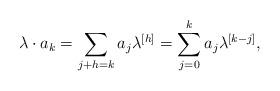
LaTeX: \begin{align*}\lambda\cdot a_k = \sum_{j+h=k} a_j \lambda^{[h]} =\sum_{j =0}^k a_j \lambda^{[k-j]},\end{align*}